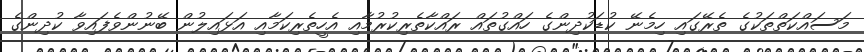
މަސައްކަތްތަކުގެ ތެރޭގައި ހިމެނޭ ކުޑަކުދިންގެ ހައްގުތައް ރައްކާތެރިކުރުމާއި އެހީތެރިކަމާއި އަޅައިލުން ބޭނުންވެފައިވާ ކުދިންގެ